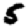
Digit: 5